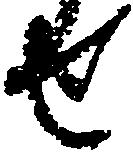
せ